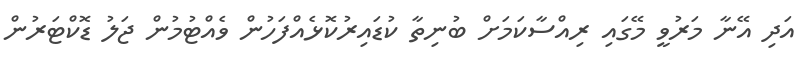
އަދި އޭނާ މަރުވީ މޭގައި ރިއްސާކަމަށް ބުނިތާ ކުޑައިރުކޮޅެއްފަހުން ވެއްޓުމުން ޖަލު ޑޮކްޓަރުން